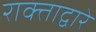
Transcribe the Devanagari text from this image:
राक्ताद्वारे